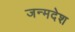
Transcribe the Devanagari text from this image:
जन्मदेश